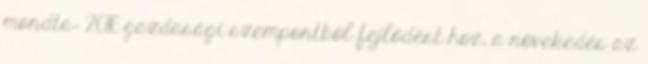
mondta: 2016 gazdasági szempontból fejlődést hoz, a növekedés az